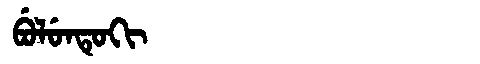
Manchu: ᠪᡠᠯᡠᠨᡨᡠᡴᡳ
Romanization: BULUNTUKI